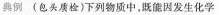
典例(包头质检)下列物质中，既能因发生化学